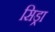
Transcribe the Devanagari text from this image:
सिड्रा